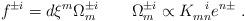
LaTeX: \begin{align*} f^{\pm i} = d\xi^m\Omega_m^{\pm i} \qquad \Omega_m^{\pm i} \propto K^{~~i}_{mn} e^{n \pm}\; .\end{align*}